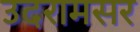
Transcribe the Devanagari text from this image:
उदरामसर